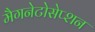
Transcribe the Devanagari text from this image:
मैगनेटोसेप्शन